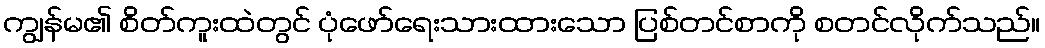
ကျွန်မ၏ စိတ်ကူးထဲတွင် ပုံဖော်ရေးသားထားသော ပြစ်တင်စာကို စတင်လိုက်သည်။